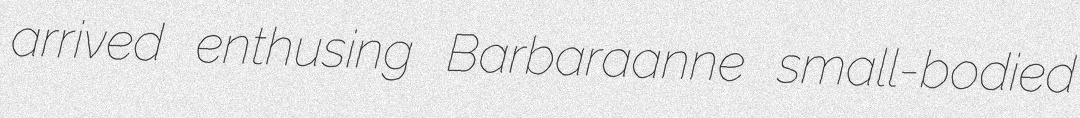
arrived enthusing Barbaraanne small-bodied